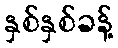
နှစ်နှစ်ခန့်